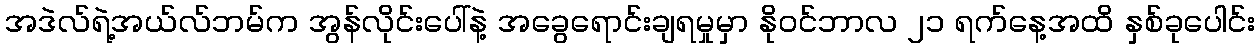
အဒဲလ်ရဲ့အယ်လ်ဘမ်က အွန်လိုင်းပေါ်နဲ့ အခွေရောင်းချရမှုမှာ နိုဝင်ဘာလ ၂၁ ရက်နေ့အထိ နှစ်ခုပေါင်း